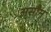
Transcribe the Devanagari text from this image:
असौन